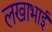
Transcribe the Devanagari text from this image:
लखाभाई